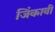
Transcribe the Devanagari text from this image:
जिंकावी